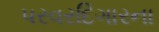
પરવરદિગારના